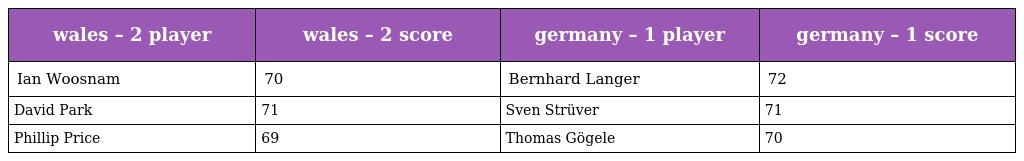
| wales – 2 player | wales – 2 score | germany – 1 player | germany – 1 score |
 | --- | --- | --- | --- |
 | Ian Woosnam | 70 | Bernhard Langer | 72 |
 | David Park | 71 | Sven Strüver | 71 |
 | Phillip Price | 69 | Thomas Gögele | 70 |